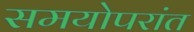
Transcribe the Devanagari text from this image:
समयोपरांत